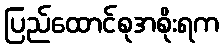
ပြည်ထောင်စုအစိုးရက